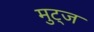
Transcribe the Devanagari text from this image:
मुट्‌ज